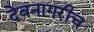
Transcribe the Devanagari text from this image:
देवनागरीच